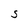
Character: S